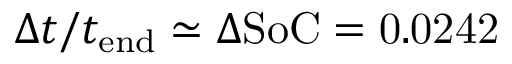
\Delta t / t _ { \mathrm { e n d } } \simeq \Delta \mathrm { S o C = 0 . 0 2 4 2 }